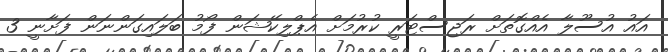
އައު އުސޫލާ އެއްގޮތަށް ރަޖިސްޓަރީ ކުރުމަށް އެޕްލިކޭޝަން ފޯމު ބަލައިގަންނަން ފަށާނީ 3